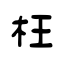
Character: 枉